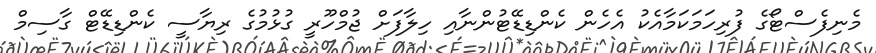
މެނިފެސްޓޯގެ ފުރިހަމަކަމާއެކު އެހެން ކެންޑިޑޭޓުންނާއި ހިލާފަށް ޖުމްހޫރީ ގުޅުމުގެ ރިޔާސީ ކެންޑިޑޭޓް ގާސިމް